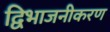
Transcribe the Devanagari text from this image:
द्विभाजनीकरण